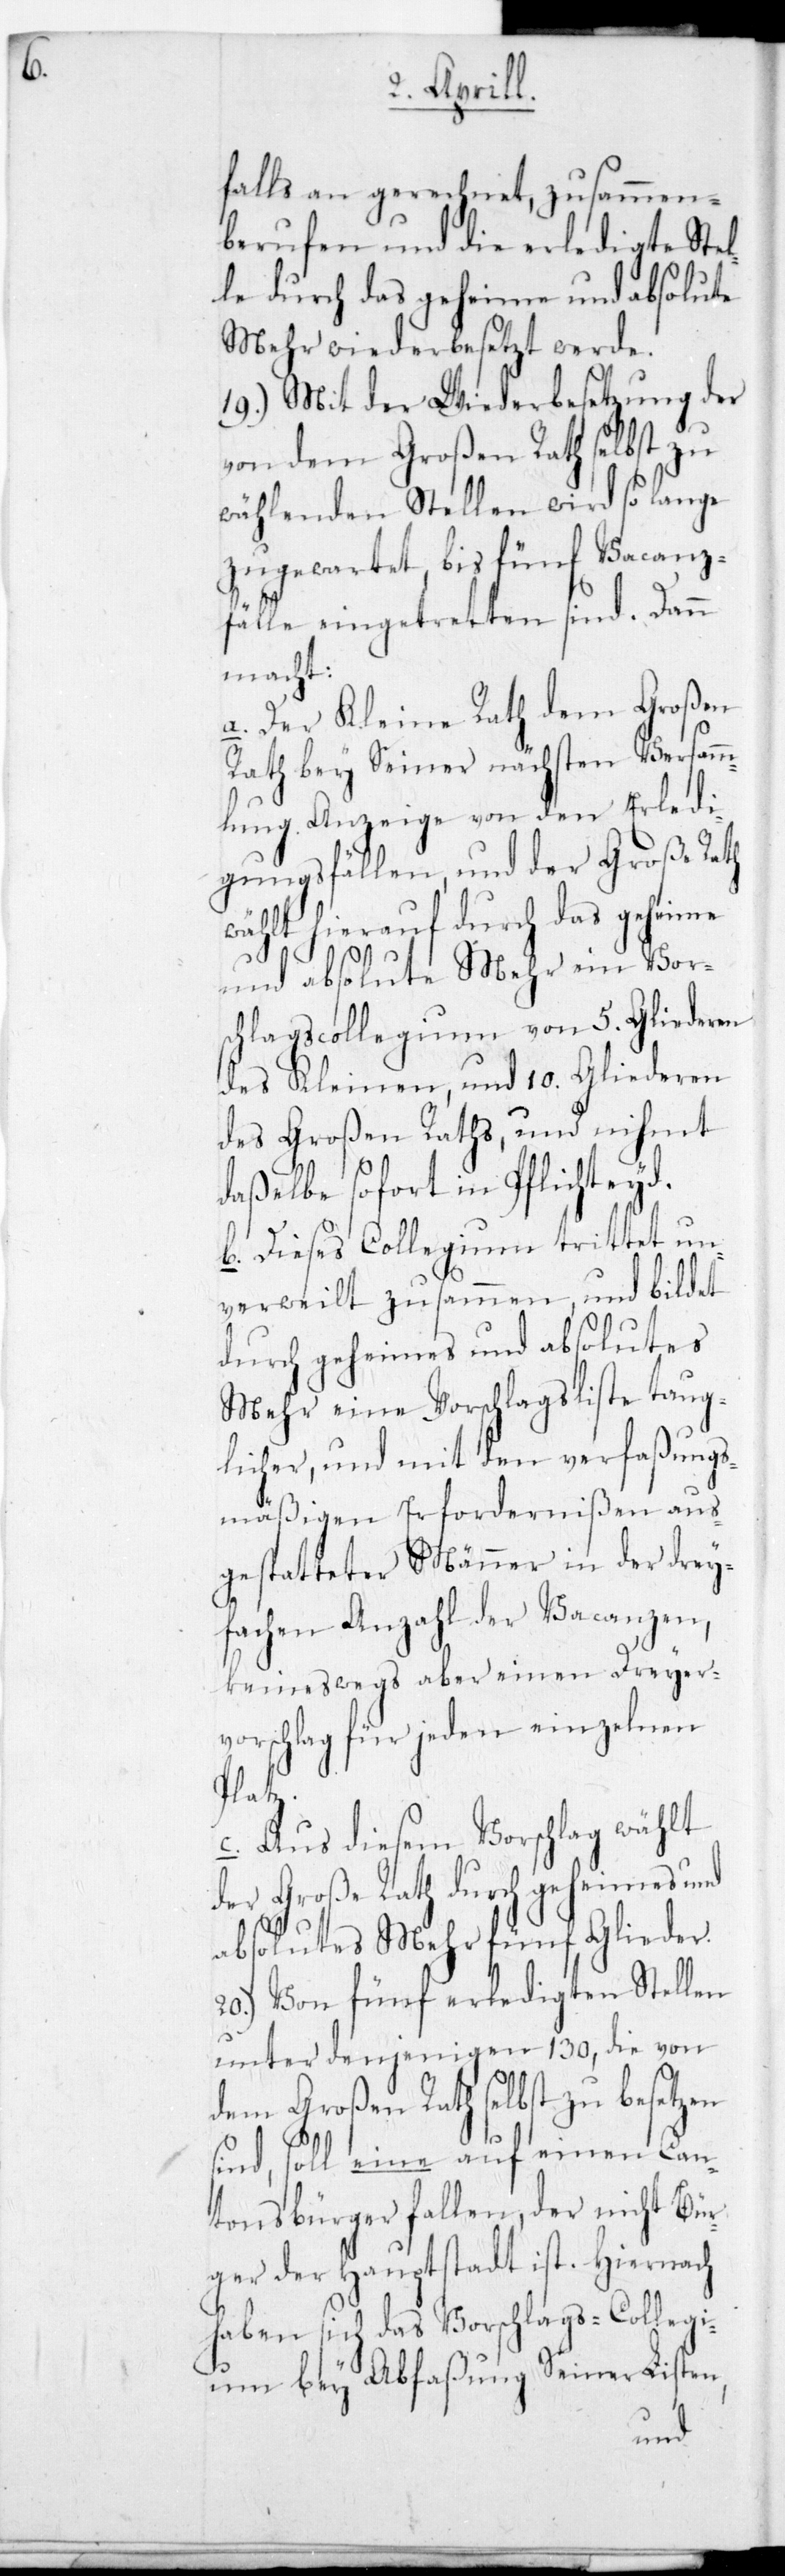
falls an gerechnet, zusammen¬
berufen und die erledigte Stel¬
le durch das geheime und absolute
Mehr wieder besetzt werde.
19.) Mit der Wiederbesetzung der
von dem Großen Rath selbst zu
wählenden Stellen wird so lange
zugewartet, bis fünf Vacanz¬
fälle eingetretten sind. Dann
macht:
a. Der Kleine Rath dem Großen
Rath bey Seiner nächsten Versamm¬
lung Anzeige von den Erledi¬
gungsfällen, und der Große Rath
wählt hierauf durch das geheime
und absolute Mehr ein Vors¬
chlagscollegium von 5. Gliederen
des Kleinen, und 10. Gliederen
des Großen Raths, und nimmt
daßelbe sofort in Pflichteyd.
b. Dieses Collegium trittet un¬
verweilt zusammen und bildet
durch geheimes und absolutes
Mehr eine Vorschlagsliste taug¬
licher, und mit den verfaßungs¬
mäßigen Erfordernißen aus¬
gestatteter Männer in der drey¬
fachen Anzahl der Vacanzen,
keineswegs aber einen Dreyer¬
vorschlag für jeden einzelnen
c. Aus diesem Vorschlag wählt
der Große Rath durch geheimes und
absolutes Mehr fünf Glieder.
20.) Von fünf erledigten Stellen
unter denjenigen 130, die von
dem Großen Rath selbst zu besetzen
sind, soll eine auf einen Can¬
tonsbürger fallen, der nicht Bür¬
ger der Hauptstadt ist. Hiernach
haben sich das Vorschlags-Collegi¬
um bey Abfaßung Seiner Listen,